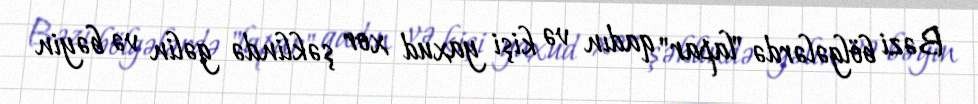
Bəzi bölgələrdə "lapar" qadın və kişi yaxud xor şəklində gəlin və bəyin